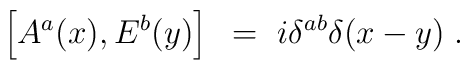
\left[ A^a(x), E^b(y) \right]~=~i\delta^{ab}\delta(x-y) \; .